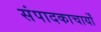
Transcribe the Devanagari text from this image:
संपादकाचार्यों